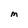
Character: M